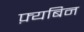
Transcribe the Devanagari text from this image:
फ़्यबिन